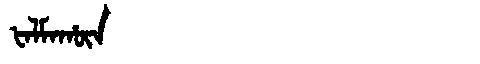
Manchu: ᡶᠠᠯᠮᠠᡥᡡᠨ
Romanization: FALMAHŪN